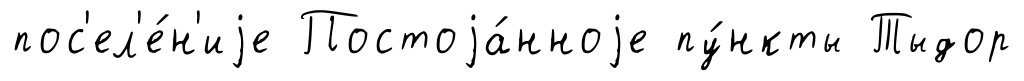
пос'ел'е́н'иjе Постоjа́нноjе пу́нкты Тыдор